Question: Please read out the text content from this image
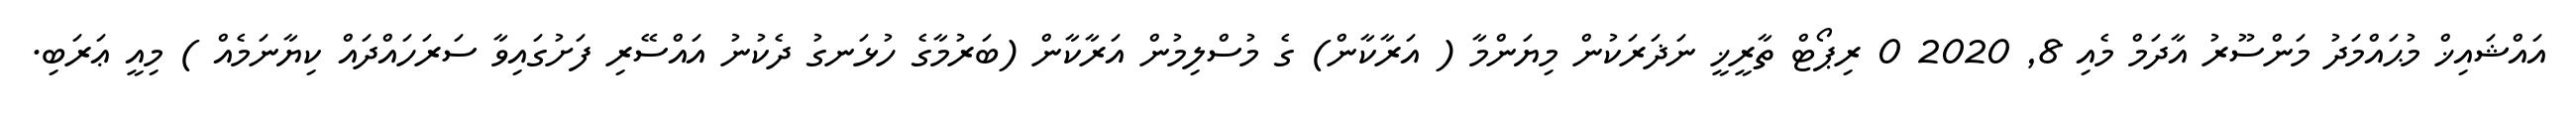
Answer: އައްޝައިޚް މުޙައްމަދު މަންސޫރު އާދަމް މެއި 8, 2020 0 ރިޕޯޓް ތާރީޚީ ނަޛަރަކުން މިޔަންމާ ( އަރާކާން) ގެ މުސްލިމުން އަރާކާން (ބަރުމާގެ ހުޅަނގު ދެކުނު އައްސޭރި ފަށުގައިވާ ސަރަހައްދައް ކިޔާނަމެއް ) މިއީ ޢަރަބި.